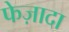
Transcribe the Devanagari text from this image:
फेज़ादा